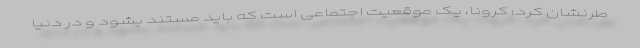
طرنشان کرد: کرونا، یک موقعیت اجتماعی است که باید مستند بشود و در دنیا